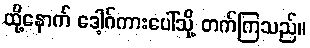
ထို့နောက် ဒေါ့ဂ်ကားပေါ်သို့ တက်ကြသည်။